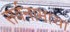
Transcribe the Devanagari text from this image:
सर्वनामाचा